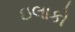
ઇલાકો